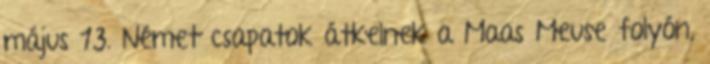
május 13. Német csapatok átkelnek a Maas Meuse folyón,